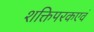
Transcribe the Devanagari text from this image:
शक्तिपरकएवं